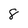
Character: 8